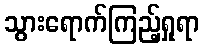
သွားရောက်ကြည့်ရှုရာ